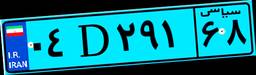
۰۴D۲۹۱۶۸